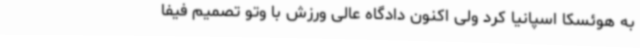
به هوئسکا اسپانیا کرد ولی اکنون دادگاه عالی ورزش با وتو تصمیم فیفا